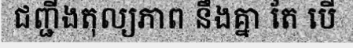
ជញ្ជីងតុល្យភាព នឹងគ្នា តែ បើ